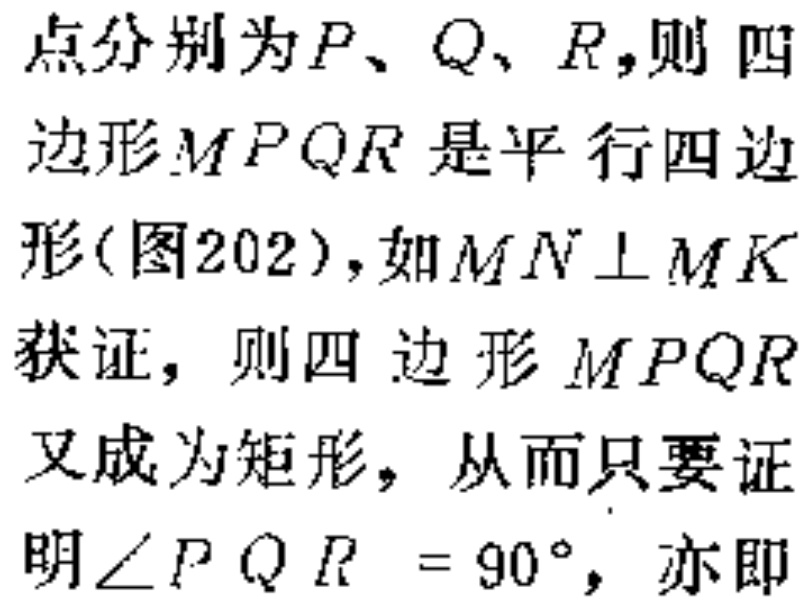
点分别为\(P\)、\(Q\)、\(R\)，则四边形\(MPQR\)是平行四边形(图202)，如\(MN\perp MK\)获证，则四边形\(MPQR\)又成为矩形，从而只要证明\(\angle PQR = 90^{\circ}\)，亦即